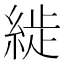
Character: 𦁡